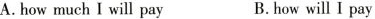
A.how much I will pay B.how will I pay